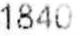
1840